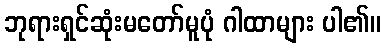
ဘုရားရှင်ဆုံးမတော်မူပုံ ဂါထာများ ပါ၏။